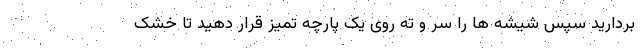
بردارید سپس شیشه ها را سر و ته روی یک پارچه تمیز قرار دهید تا خشک